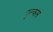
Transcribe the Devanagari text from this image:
पुल्कस